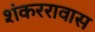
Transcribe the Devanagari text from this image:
शंकररावास